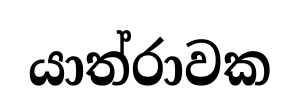
යාත්රාවක